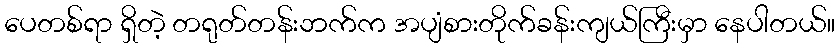
ပေတစ်ရာ ရှိတဲ့ တရုတ်တန်းဘက်က အပျံစားတိုက်ခန်းကျယ်ကြီးမှာ နေပါတယ်။